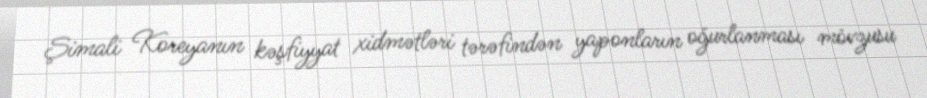
Şimali Koreyanın kəşfiyyat xidmətləri tərəfindən yaponların oğurlanması mövzusu